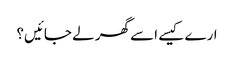
ارے کیسے اسے گھر لے جائیں؟